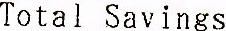
TOTAL SAVINGS